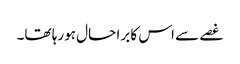
غصے سے اس کا برا حال ہورہا تھا۔